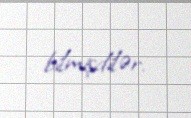
bilmişdilər.